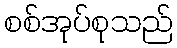
စစ်အုပ်စုသည်